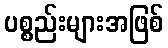
ပစ္စည်းများအဖြစ်